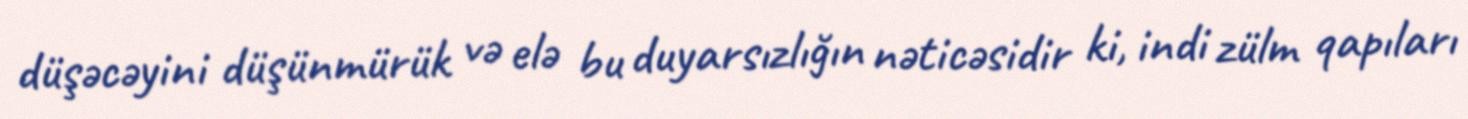
düşəcəyini düşünmürük və elə bu duyarsızlığın nəticəsidir ki, indi zülm qapıları